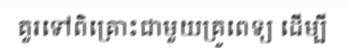
គួរទៅពិគ្រោះជាមួយគ្រូពេទ្យ ដើម្បី